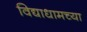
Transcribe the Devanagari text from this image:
विद्याधामच्या